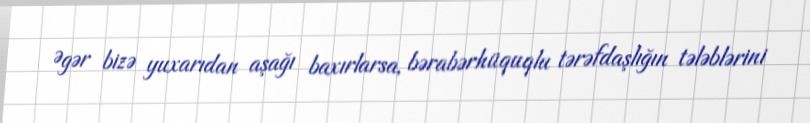
Əgər bizə yuxarıdan aşağı baxırlarsa, bərabərhüquqlu tərəfdaşlığın tələblərini